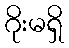
ဂိုးမရှိ